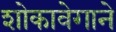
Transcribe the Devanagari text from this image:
शोकावेगाने